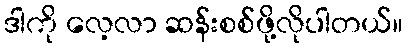
ဒါကို လေ့လာ ဆန်းစစ်ဖို့လိုပါတယ်။